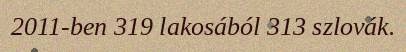
2011-ben 319 lakosából 313 szlovák.